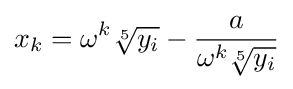
x_{k}=\omega ^{k}{\sqrt[{5}]{y_{i}}}-{\frac {a}{\omega ^{k}{\sqrt[{5}]{y_{i}}}}}